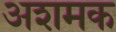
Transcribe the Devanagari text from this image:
अशमक